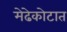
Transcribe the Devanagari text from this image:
मेढेकोटात